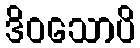
ဒိဝသောပိ